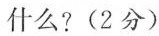
什么?(2分)